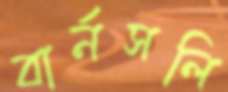
বার্নসলি